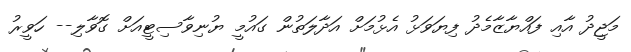
މަޖީދު އާއި ފައްޔާޒާމެދު ފިޔަވަޅު އެޅުމަށް އަދާލަތުން ގައުމީ ޔުނިވާސިޓީއަށް ގޮވާލި-- ހަވީރު